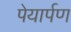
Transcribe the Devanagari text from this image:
पेयार्पण